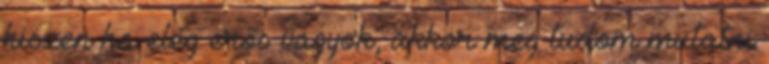
hiszen ha elég erős vagyok, akkor meg tudom mutatni